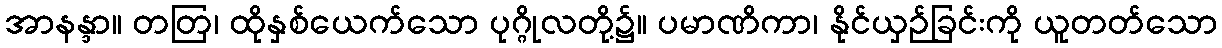
အာနန္ဒာ။ တတြ၊ ထိုနှစ်ယေက်သော ပုဂ္ဂိုလတို့၌။ ပမာဏိကာ၊ နိုင်ယှဉ်ခြင်းကို ယူတတ်သော